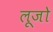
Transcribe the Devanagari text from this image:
लूजो